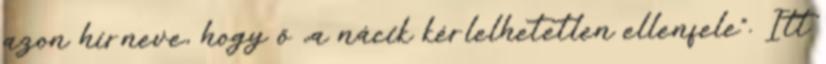
azon hírneve, hogy ő „a nácik kérlelhetetlen ellenfele”. Itt